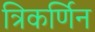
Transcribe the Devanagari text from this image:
त्रिकर्णिन